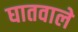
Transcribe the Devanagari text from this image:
घातवाले